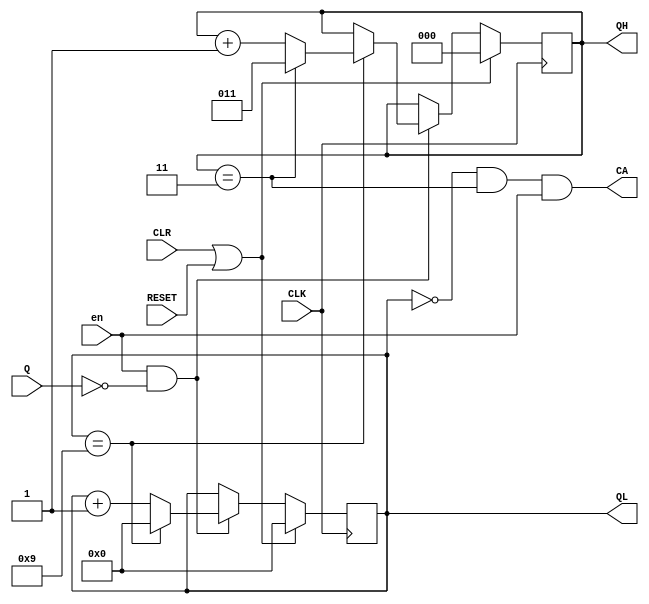
module COUNT30(
	input wire  en, CLK, CLR, Q, RESET,
	output reg [4-1:0] QL = 4'b0,
	output reg [3-1:0] QH = 3'b0,
	output wire CA
			
);

	always @( posedge CLK ) begin
		if ( CLR == 1 || RESET == 1 ) begin
			QL <= 4'h0;
			QH <= 3'h0;
		end
		else if ( en && !Q ) begin
			// 
			if ( QL == 4'h9 )
				QL <= 4'h0;
			else
				QL <= QL + 4'h1;

			// 
			if ( QL == 4'h9 ) begin
				if( QH == 3'h2 )
					QH <= 3'h3;
				if (QH == 3'h3 )
					QH <= 3'h3;
				else
					QH <= QH + 3'h1;
			end
		end
	end
	
	assign CA = ( QL==4'd0 && QH==3'd3 && en==1 );
	
endmodule